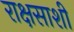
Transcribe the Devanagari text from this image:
राक्षसाशी